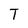
Character: T